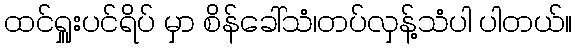
ထင်ရှူးပင်ရိပ် မှာ စိန်ခေါ်သံ၊တပ်လှန့်သံပါ ပါတယ်။